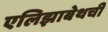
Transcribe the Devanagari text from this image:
एलिझाबेथची